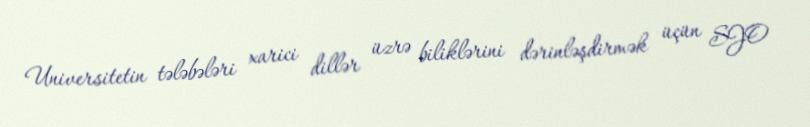
Universitetin tələbələri xarici dillər üzrə biliklərini dərinləşdirmək üçün SJO